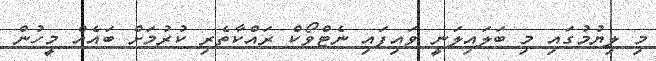
މި ލިޔުމުގައި މި ބަލައިލަނީ ވައިފައި ނެޓްވޯކް ރައްކާތެރި ކުރުމަށް ބައެއް މީހުން